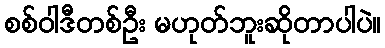
စစ်ဝါဒီတစ်ဦး မဟုတ်ဘူးဆိုတာပါပဲ။